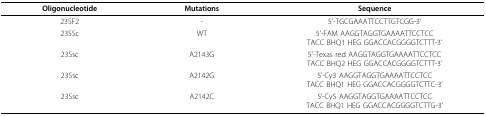
<table><thead><tr><td><b>Oligonucleotide</b></td><td><b>Mutations</b></td><td><b>Sequence</b></td></tr></thead><tbody><tr><td>23SF2</td><td>-</td><td>5&#x27;-TGCGAAATTCCTTGTCGG-3&#x27;</td></tr><tr><td>23SSc</td><td>WT</td><td>5&#x27;-FAM AAGGTAGGTGAAAATTCCTCCTACC BHQ1 HEG GGACCACGGGGTCTTT-3&#x27;</td></tr><tr><td>23Ssc</td><td>A2143G</td><td>5&#x27;-Texas red AAGGTAGGTGAAAATTCCTCCTACC BHQ2 HEG GGACCACGGGGTCTTT-3&#x27;</td></tr><tr><td>23Ssc</td><td>A2142G</td><td>5&#x27;-Cy3 AAGGTAGGTGAAAATTCCTCCTACC BHQ1 HEG GGACCACGGGGTCTTC-3&#x27;</td></tr><tr><td>23Ssc</td><td>A2142C</td><td>5&#x27;-Cy5 AAGGTAGGTGAAAATTCCTCCTACC BHQ1 HEG GGACCACGGGGTCTTG-3&#x27;</td></tr></tbody></table>